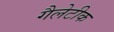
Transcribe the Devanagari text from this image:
गैलेटीक